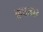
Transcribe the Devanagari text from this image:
अधारदार